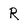
Character: R